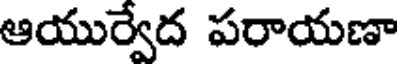
ఆయుర్వేద పరాయణా